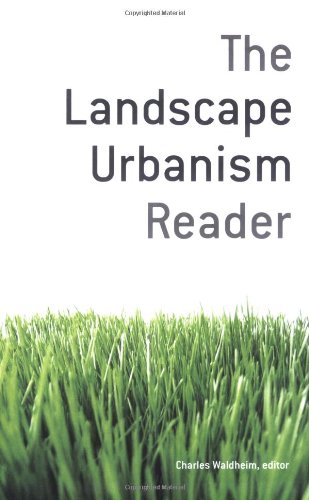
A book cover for The Landscape Urbanism Reader; Arts & Photography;